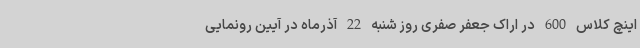
اینچ کلاس 600 در اراک جعفر صفری روز شنبه 22 آذرماه در آیین رونمایی